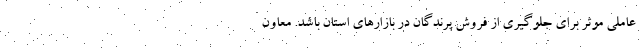
عاملی موثر برای جلوگیری از فروش پرندگان در بازارهای استان باشد. معاون